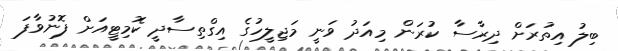
ބިލު އިތުރަށް ދިރާސާ ކުރަން މިއަދު ވަނީ މަޖިލީހުގެ އިގްތިސާދީ ކޮމިޓީއަށް ފޮނުވާފަ